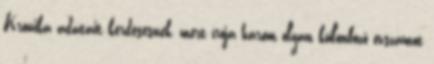
Krónika adatait kérdésesnek, mert írója három olyan különböző évszámot